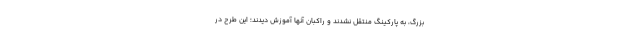
بزرگ، به پارکینگ منتقل نشدند و راکبان آنها آموزش دیدند؛ این طرح در